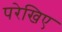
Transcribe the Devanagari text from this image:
परेखिए